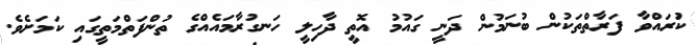
ކުަރައްވާ ފަަރާތްތަކުން ބުނަމުން ދަނީ ގައުމު އޮތީ ދާހިލީ ހަނގުރާމައެއްގެ ތުންފަތްމަތީގައި ކަމަށެވެ.